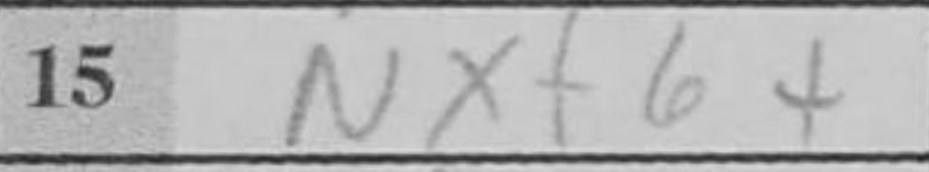
Transcription: Nxf6+